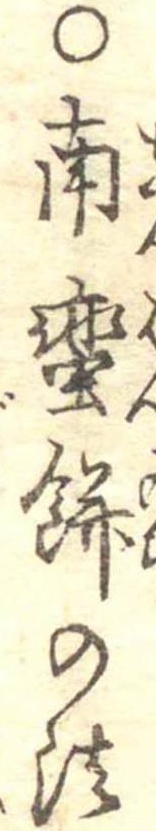
○南蛮餅の法